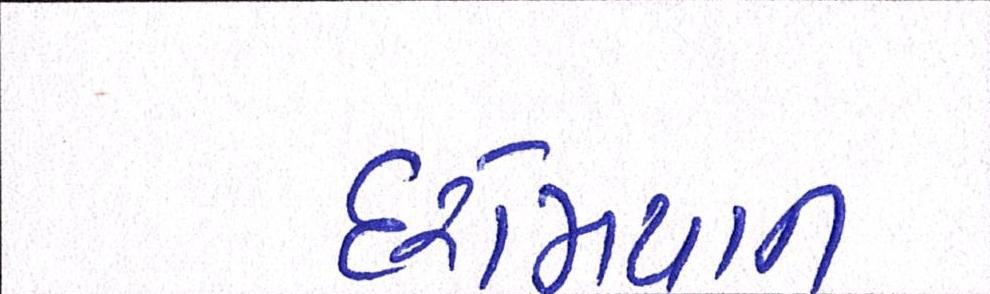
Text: દરમિયાન